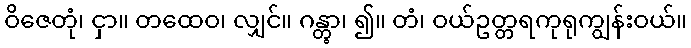
ဝိဇေတုံ၊ ငှာ။ တထေဝ၊ လျှင်။ ဂန္တွာ၊ ၍။ တံ၊ ဝယ်ဥတ္တရကုရုကျွန်းဝယ်။